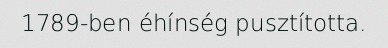
1789-ben éhínség pusztította.